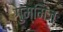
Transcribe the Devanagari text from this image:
गुम्मिज